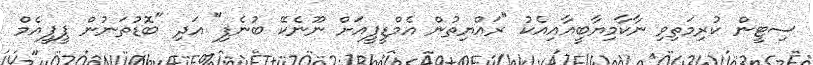
ސިޓީން ކުރިމަތިވި ނާކާމިޔާބީއާއިއެކު "ރައްޔިތުން އެމްޑީޕީއަަށް ނޫނެކޭ ބުނެފި" އަދި "ބޮޑުތަނުން ޕީޕީއެމް